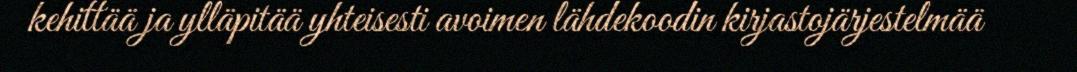
kehittää ja ylläpitää yhteisesti avoimen lähdekoodin kirjastojärjestelmää